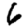
Digit: 6